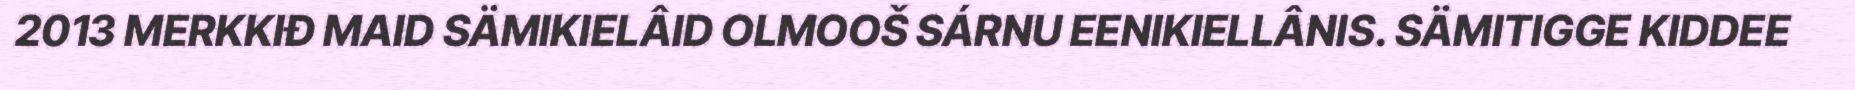
2013 MERKKIĐ MAID SÄMIKIELÂID OLMOOŠ SÁRNU EENIKIELLÂNIS. SÄMITIGGE KIDDEE